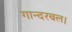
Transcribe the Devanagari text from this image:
गान्दरबल।